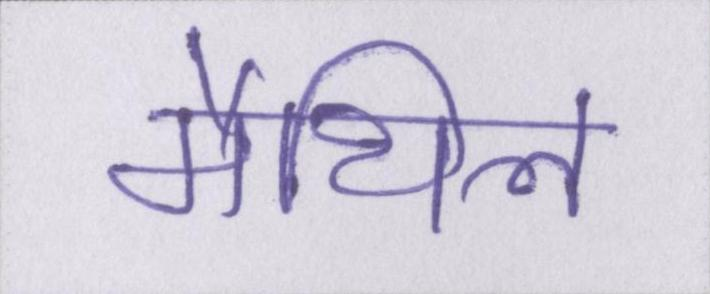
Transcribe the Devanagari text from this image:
मैथिल